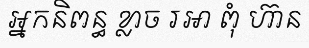
អ្នកនិពន្ធ ខ្លាច រអា ពុំ ហ៊ាន